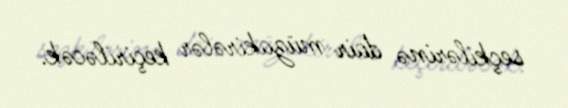
seçkilərinə dair müzakirələr keçiriləcək.